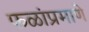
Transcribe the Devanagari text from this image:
फळांप्रमाणे